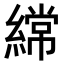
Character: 𮈼